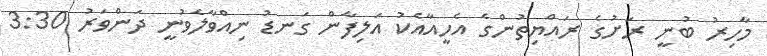
މާހިރު ބުނީ ރަށުގެ ރައްޔިތުންގެ އެހީއާއެކު އަލިފާން ގަނޑު ނިއްވާލެވުނީ ދަންވަރު 3:30